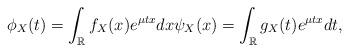
LaTeX: \begin{align*} \phi_X(t) = \int_\mathbb{R}f_X(x)e^{\mu tx} dx \psi_X(x) = \int_\mathbb{R}g_X(t)e^{\mu tx} dt ,\end{align*}